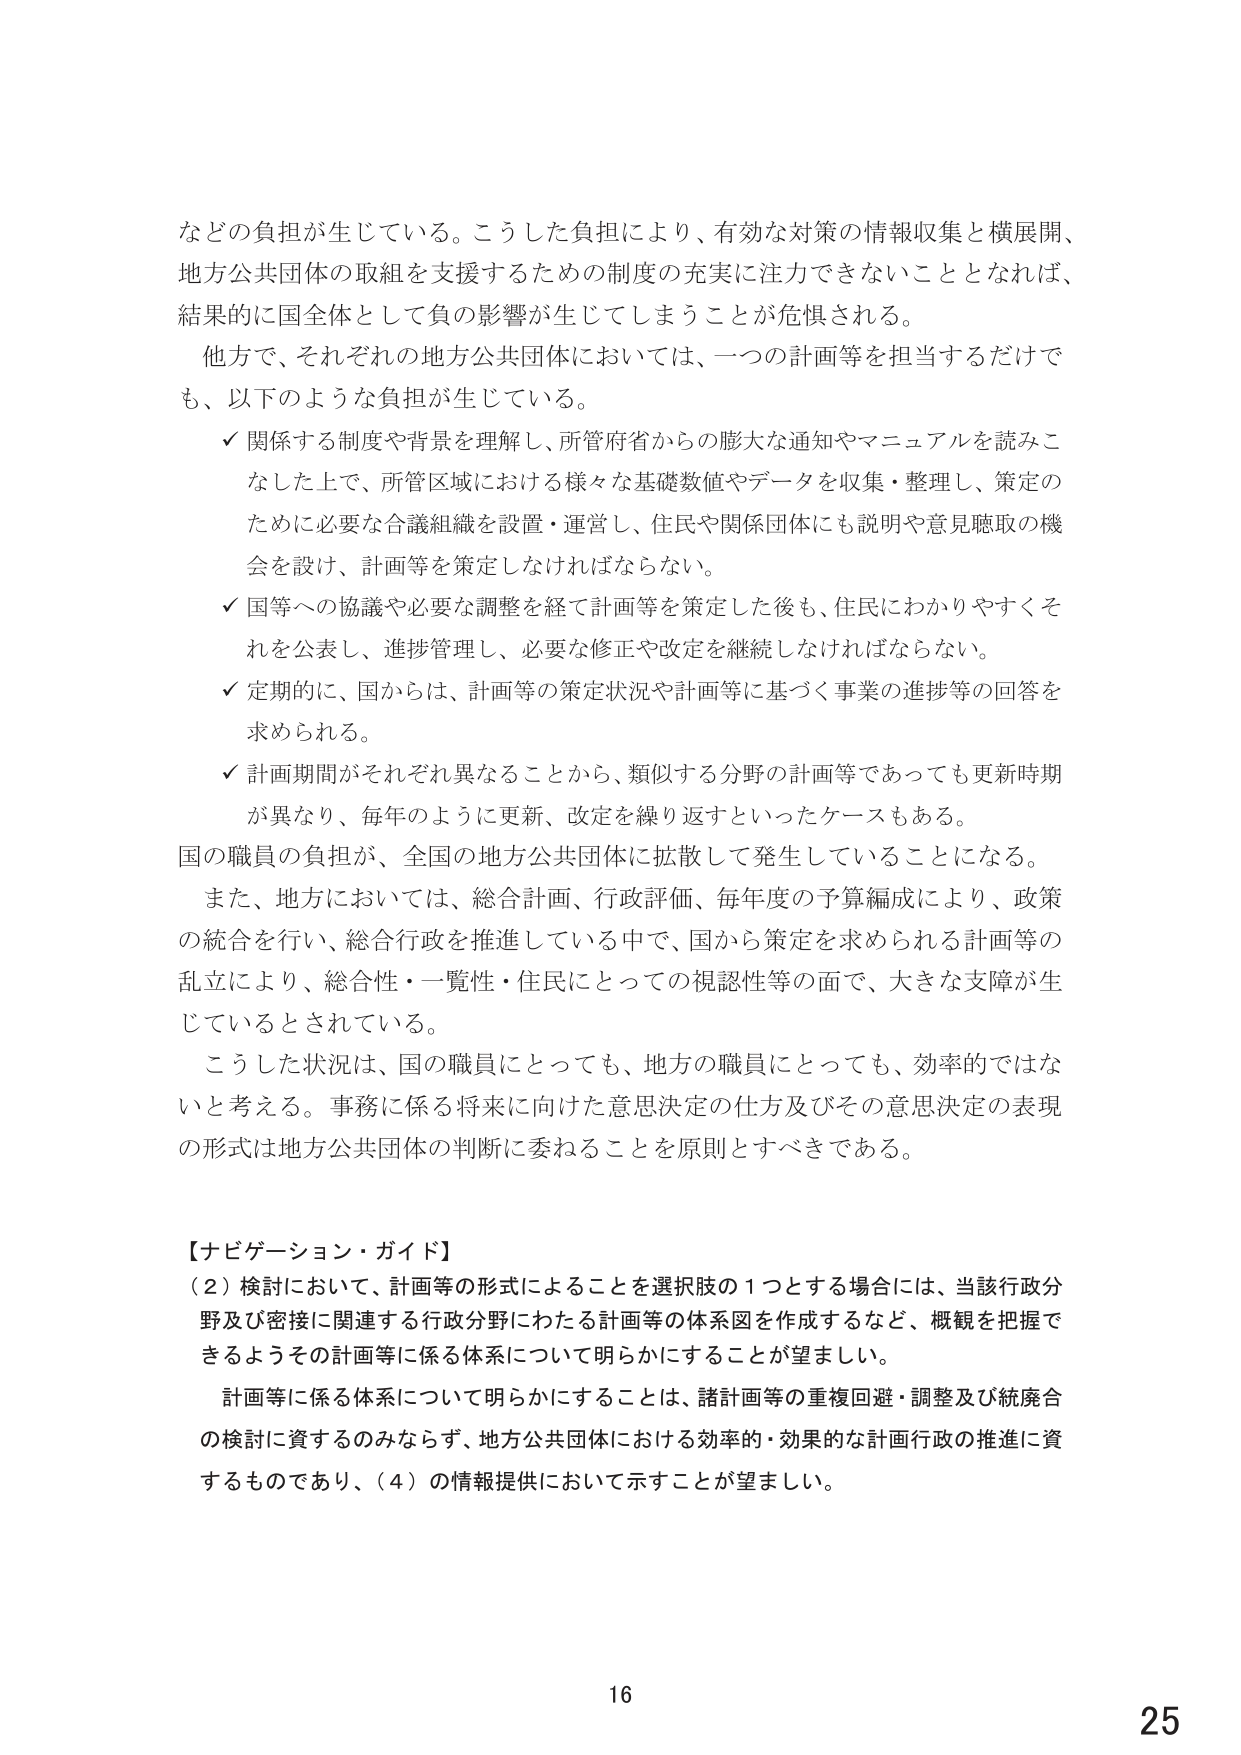
などの負担が生じている。こうした負担により、有効な対策の情報収集と横展開、地方公共団体の取組を支援するための制度の充実に注力できないこととなれば、結果的に国全体として負の影響が生じてしまうことが危惧される。

他方で、それぞれの地方公共団体においては、一つの計画等を担当するだけで、以下のような負担が生じている。

✓ 関係する制度や背景を理解し、所管府省からの膨大な通知やマニュアルを読みこなした上で、所管区域における様々な基礎数値やデータを収集・整理し、策定のために必要な合議組織を設置・運営し、住民や関係団体にも説明や意見聴取の機会を設け、計画等を策定しなければならない。

✓ 国等への協議や必要な調整を経て計画等を策定した後も、住民にわかりやすくそれを公表し、進捗管理し、必要な修正や改定を継続しなければならない。

✓ 定期的に、国からは、計画等の策定状況や計画等に基づく事業の進捗等の回答を求められる。

✓ 計画期間がそれぞれ異なることから、類似する分野の計画等であっても更新時期が異なり、毎年のように更新、改定を繰り返すといったケースもある。

国の職員の負担が、全国の地方公共団体に拡散して発生していることになる。

また、地方においては、総合計画、行政評価、毎年度の予算編成により、政策の統合を行い、総合行政を推進している中で、国から策定を求められる計画等の乱立により、総合性・一貫性・住民にとっての視認性等の面で、大きな支障が生じているとされている。

こうした状況は、国の職員にとっても、地方の職員にとっても、効率的ではないと考える。事務に係る将来に向けた意思決定の仕方及びその意思決定の表現の形式は地方公共団体の判断に委ねることを原則とすべきである。

【ナビゲーション・ガイド】

（2）検討において、計画等の形式によることを選択肢の1つとする場合には、当該行政分野及び密接に関連する行政分野にわたる計画等の体系図を作成するなど、概観を把握できるようその計画等に係る体系について明らかにすることが望ましい。

計画等に係る体系について明らかにすることは、諸計画等の重複回避・調整及び統廃合の検討に資するのみならず、地方公共団体における効率的・効果的な計画行政の推進に資するものであり、（4）の情報提供において示すことが望ましい。

16
25